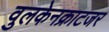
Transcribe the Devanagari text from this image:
वुलकेनक्राटजर